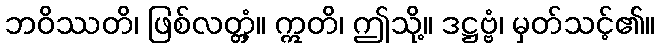
ဘဝိဿတိ၊ ဖြစ်လတ္တံ့။ ဣတိ၊ ဤသို့။ ဒဋ္ဌဗ္ဗံ၊ မှတ်သင့်၏။